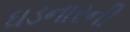
ઘડનારની